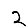
Digit: 2